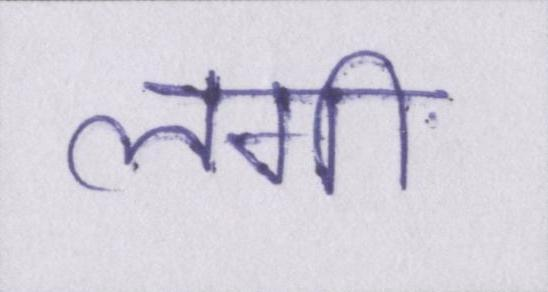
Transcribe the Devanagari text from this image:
लगी